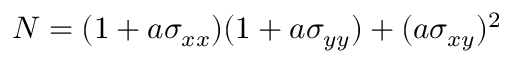
N = ( 1 + a \sigma _ { x x } ) ( 1 + a \sigma _ { y y } ) + ( a \sigma _ { x y } ) ^ { 2 }